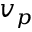
v _ { p }